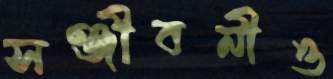
সঞ্জীবনীও